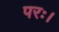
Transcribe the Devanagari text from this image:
परः।